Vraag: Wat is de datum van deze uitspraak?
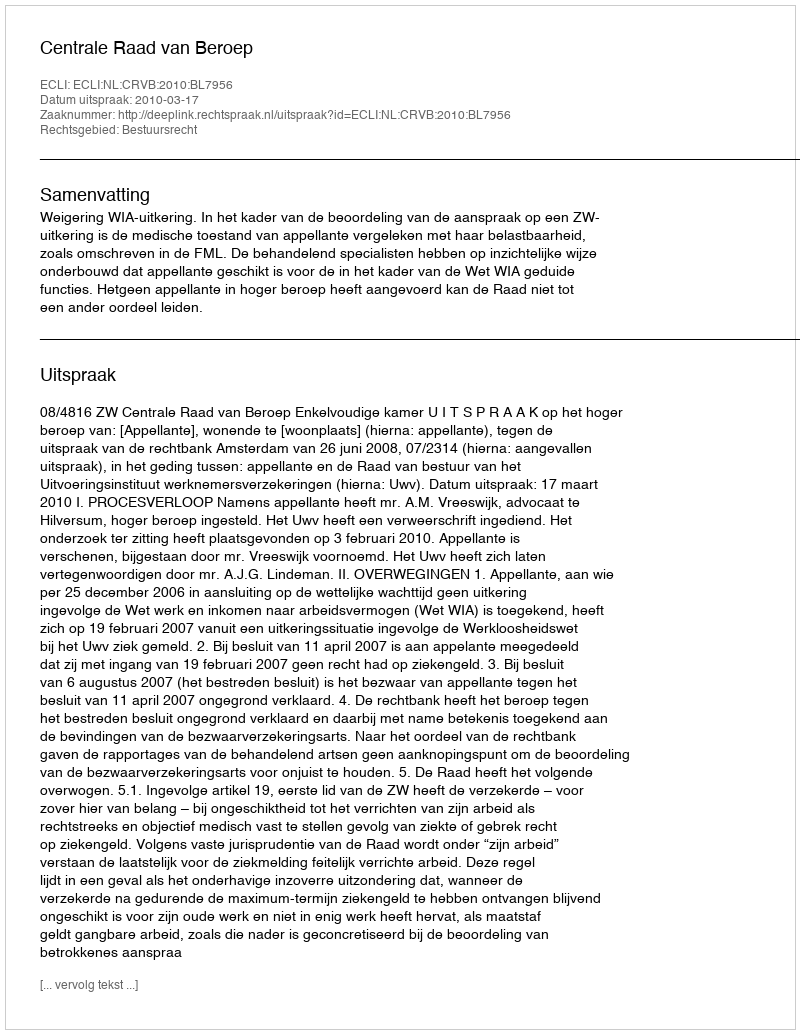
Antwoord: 2010-03-17